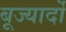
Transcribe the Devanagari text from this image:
बूज्यार्दो